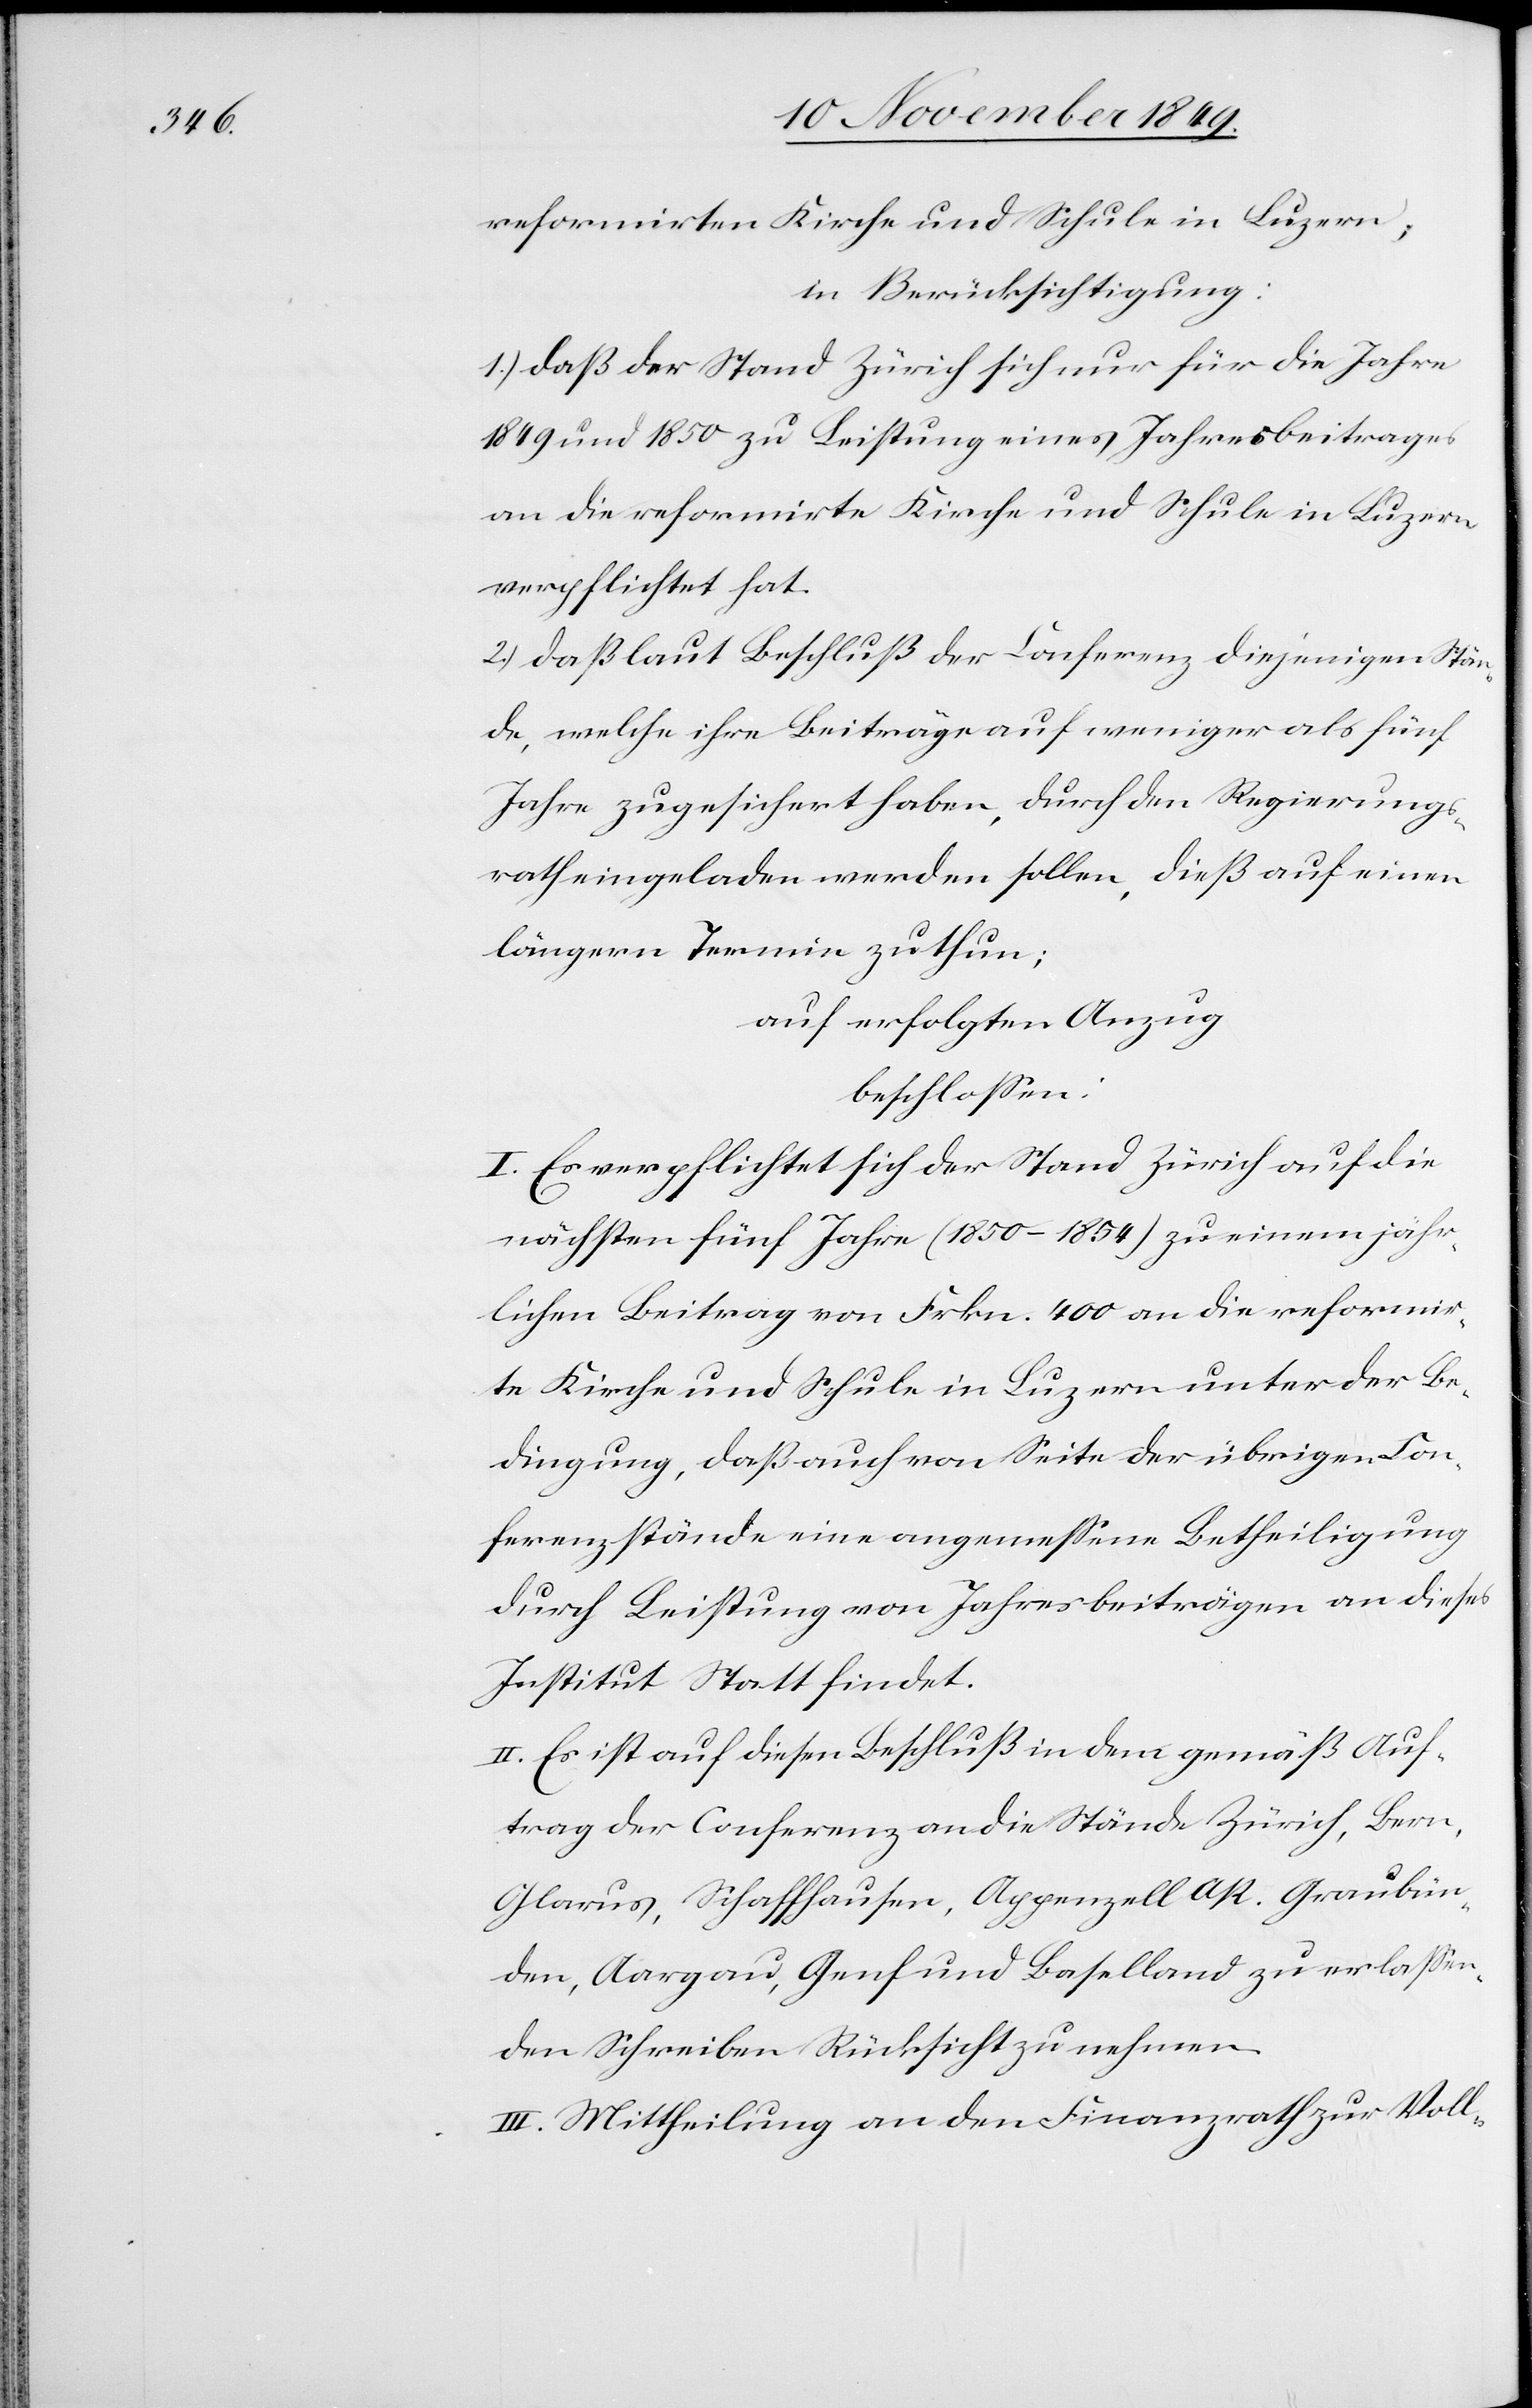
reformirten Kirche und Schule in Luzern;
in Berücksichtigung:
1.) daß der Stand Zürich sich nur für die Jahre
1849 und 1850 zu Leistung eines Jahresbeitrages
an die refomirte Kirche und Schule in Luzern
verpflichtet hat.
2.) daß laut Beschluß der Conferenz diejenigen Stän¬
de, welche ihre Beiträge auf weniger als fünf
Jahre zugesichert haben, durch den Regierungs¬
rath eingeladen werden sollen, dieß auf einen
längern Termin zu thun;
auf erfolgten Anzug
beschloßen:
I. Es verpflichtet sich der Stand Zürich auf die
nächsten fünf Jahre (1850–1854) zu einem jähr¬
lichen Beitrag von Frkn. 400 an die reformir¬
te Kirche und Schule in Luzern unter der Be¬
dingung, daß auch von Seite der übrigen Con¬
ferenzstände eine angemeßene Betheiligung
durch Leistung von Jahresbeiträgen an dieses
Institut Statt findet.
II. Es ist auf diesen Beschluß in dem gemäß Auf¬
trag der Conferenz an die Stände Zürich, Bern,
Glarus, Schaffhausen, Appenzell A/R. Graubün¬
den, Aargau, Genf und Baselland zu erlaßen¬
den Schreiben Rücksicht zu nehmen.
III. Mittheilung an den Finanzrath zur Voll-